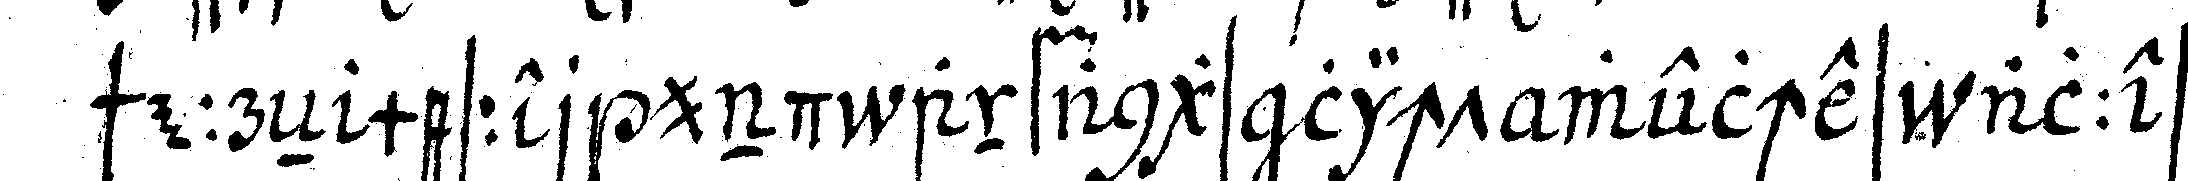
scheereN messer und anfangs licht welches alles